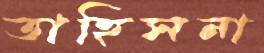
তাহিসনা